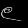
Digit: ၉